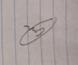
Signature authenticity: forged